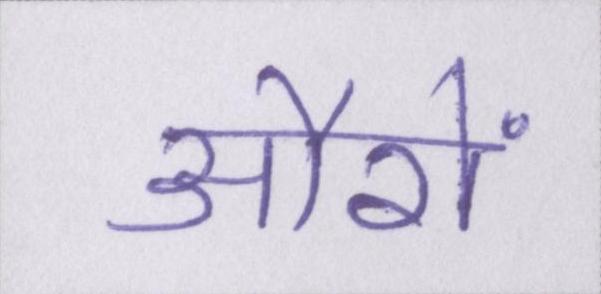
औरों